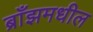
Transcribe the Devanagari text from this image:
ब्राँझमधील